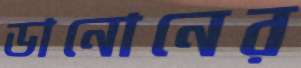
ডানোনের